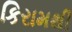
કિરામથી